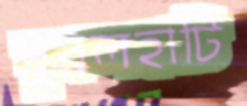
দুবলহাটি